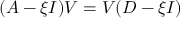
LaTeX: ( A - \xi I ) V = V ( D - \xi I )